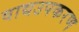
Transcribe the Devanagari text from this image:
वाद्यउपकरण